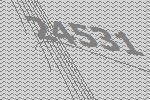
24531